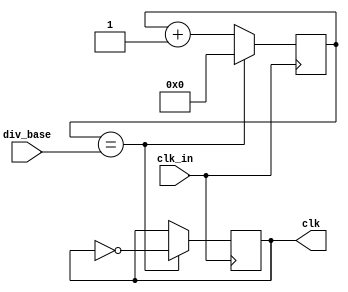
//	DE0_DIGITAL_AUTO
// Digital Control Pattern Generation 
// Workhorse
//	On Terasic DE0 Platform
// (C) 2012 TYLEE @ RFVLSI LAB, NCTU
// All Rights Reserved.

module clk_d20(
	input clk_in,
	input [4:0]div_base,
	output reg clk
);

reg [4:0]counter;

always @ (posedge clk_in)
begin 	
	if(counter == div_base)
	begin
		counter <= 5'b00000;
		clk = ~clk;
	end
	else
		counter <= counter +1'b1;
end // End of Always


endmodule // End of Module counter